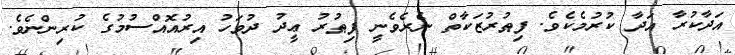
އަދާކުރާ އަދާ ކުރުމެކެވެ. ފިޠުރުޒަކާތް ނެރެވެނީ ފިޠުރު ޢީދު ދުވަހު އިރުއޮއްސުމުގެ ކުރިންނެވެ.